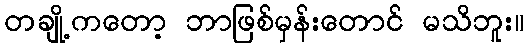
တချို့ကတော့ ဘာဖြစ်မှန်းတောင် မသိဘူး။